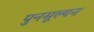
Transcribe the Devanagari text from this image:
पुनमूल्यन